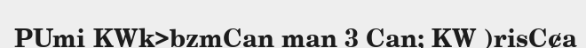
PUmi KWk>bzmCan man 3 Can; KW )risC¢a